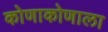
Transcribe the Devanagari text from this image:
कोणाकोणाला